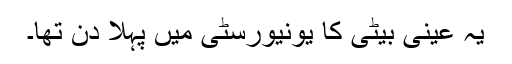
یہ عینی بیٹی کا یونیورسٹی میں پہلا دن تھا۔